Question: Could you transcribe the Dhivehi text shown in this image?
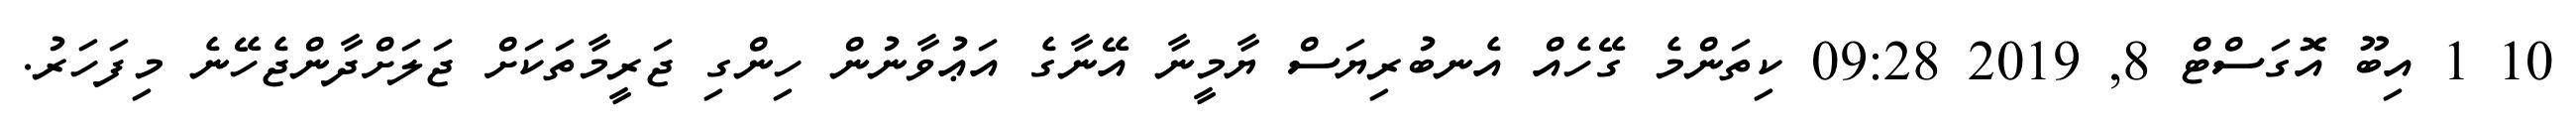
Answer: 10 1 އިބޫ އޮގަސްޓް 8, 2019 09:28 ކިތަންމެ ގޭހެއް އެނބުރިޔަސް ޔާމީނާ އޭނާގެ އަޢުވާނުން ހިންގި ޖަރީމާތަކަށް ޖަލަށްދާންޖެހޭނެ މިފަހަރު.